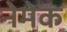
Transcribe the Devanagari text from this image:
नेमेक